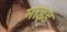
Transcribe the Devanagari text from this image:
माइड